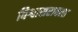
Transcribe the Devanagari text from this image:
विश्वासरावला